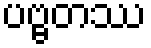
ပဗ္ဗတဿ